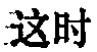
这时